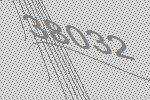
38032